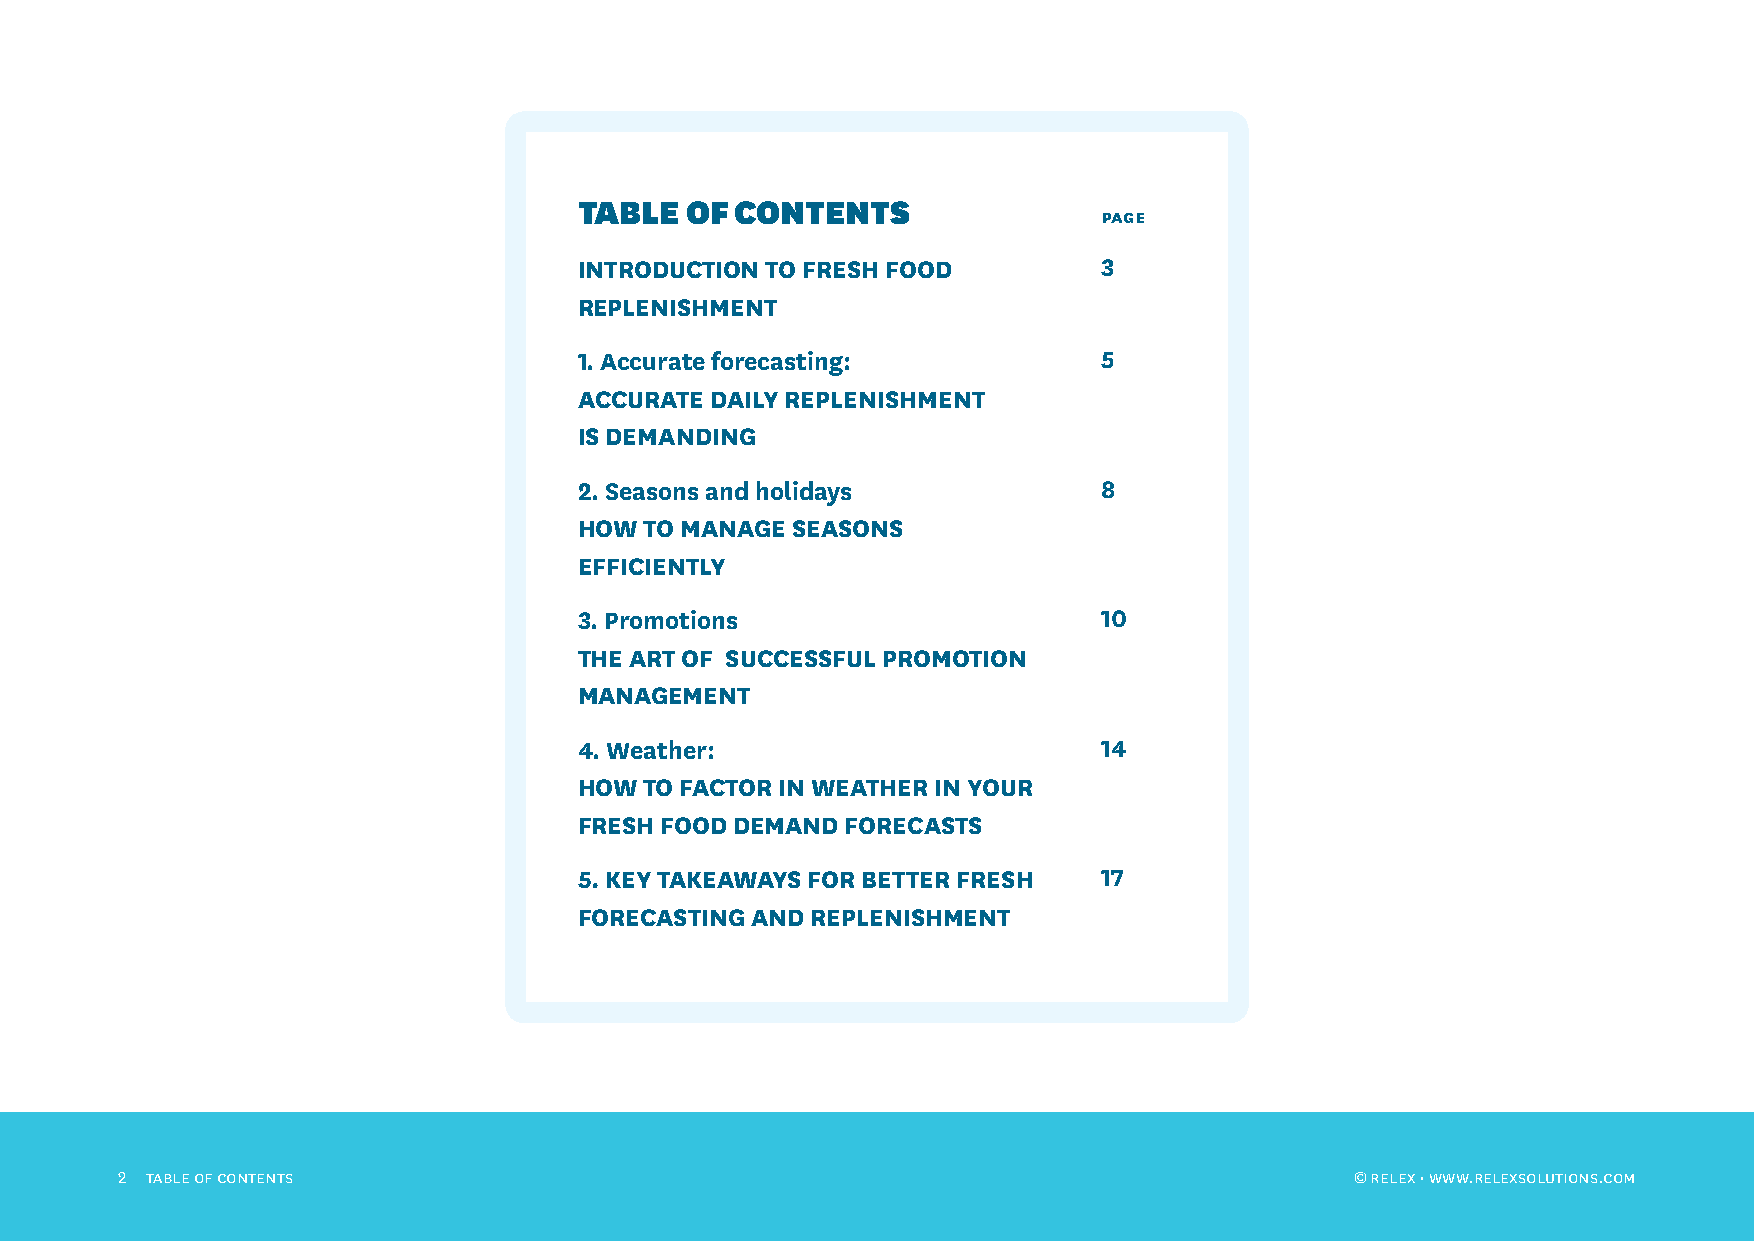
TABLE  OF  CONTENTS
 page
 INTRODUCTION TO FRESH FOOD         3
 REPLENISHMENT
 1. Accurate forecasting:           5
 ACCURATE DAILY REPLENISHMENT
 IS DEMANDING
 2. Seasons and holidays            8
 HOW  TO MANAGE SEASONS
 EFFICIENTLY
 3. Promotions                      10
 THE ART OF SUCCESSFUL PROMOTION
 MANAGEMENT
 4. Weather:                        14
 HOW  TO FACTOR IN WEATHER IN YOUR
 FRESH FOOD DEMAND FORECASTS
 5. KEY TAKEAWAYS FOR BETTER FRESH  17
 FORECASTING AND REPLENISHMENT
 2 tABLE oF contEnts                                                               © RELEX • www.RELEXsoLutions.com